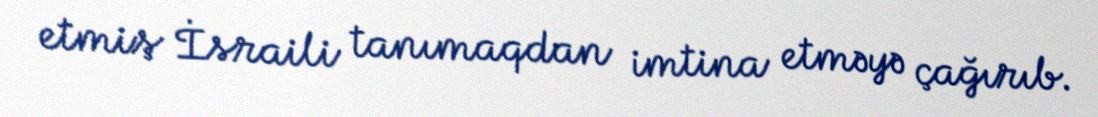
etmiş İsraili tanımaqdan imtina etməyə çağırıb.